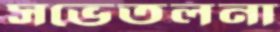
সভেতলনা